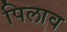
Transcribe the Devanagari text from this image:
पिलाव